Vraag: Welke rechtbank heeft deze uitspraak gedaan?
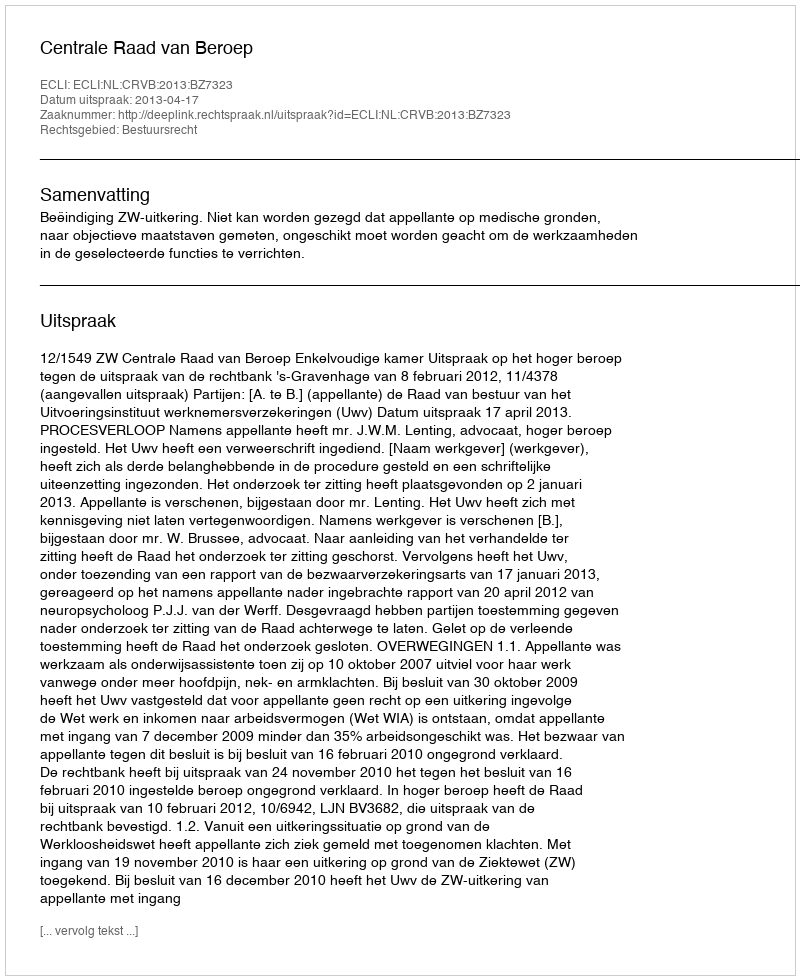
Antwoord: Centrale Raad van Beroep